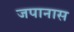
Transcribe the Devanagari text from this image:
जपानास